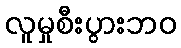
လူမှုစီးပွားဘဝ